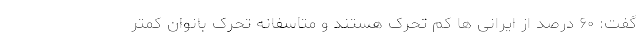
گفت: ۶۰ درصد از ایرانی ها کم تحرک هستند و متاسفانه تحرک بانوان کمتر